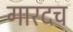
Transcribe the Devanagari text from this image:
गारदच